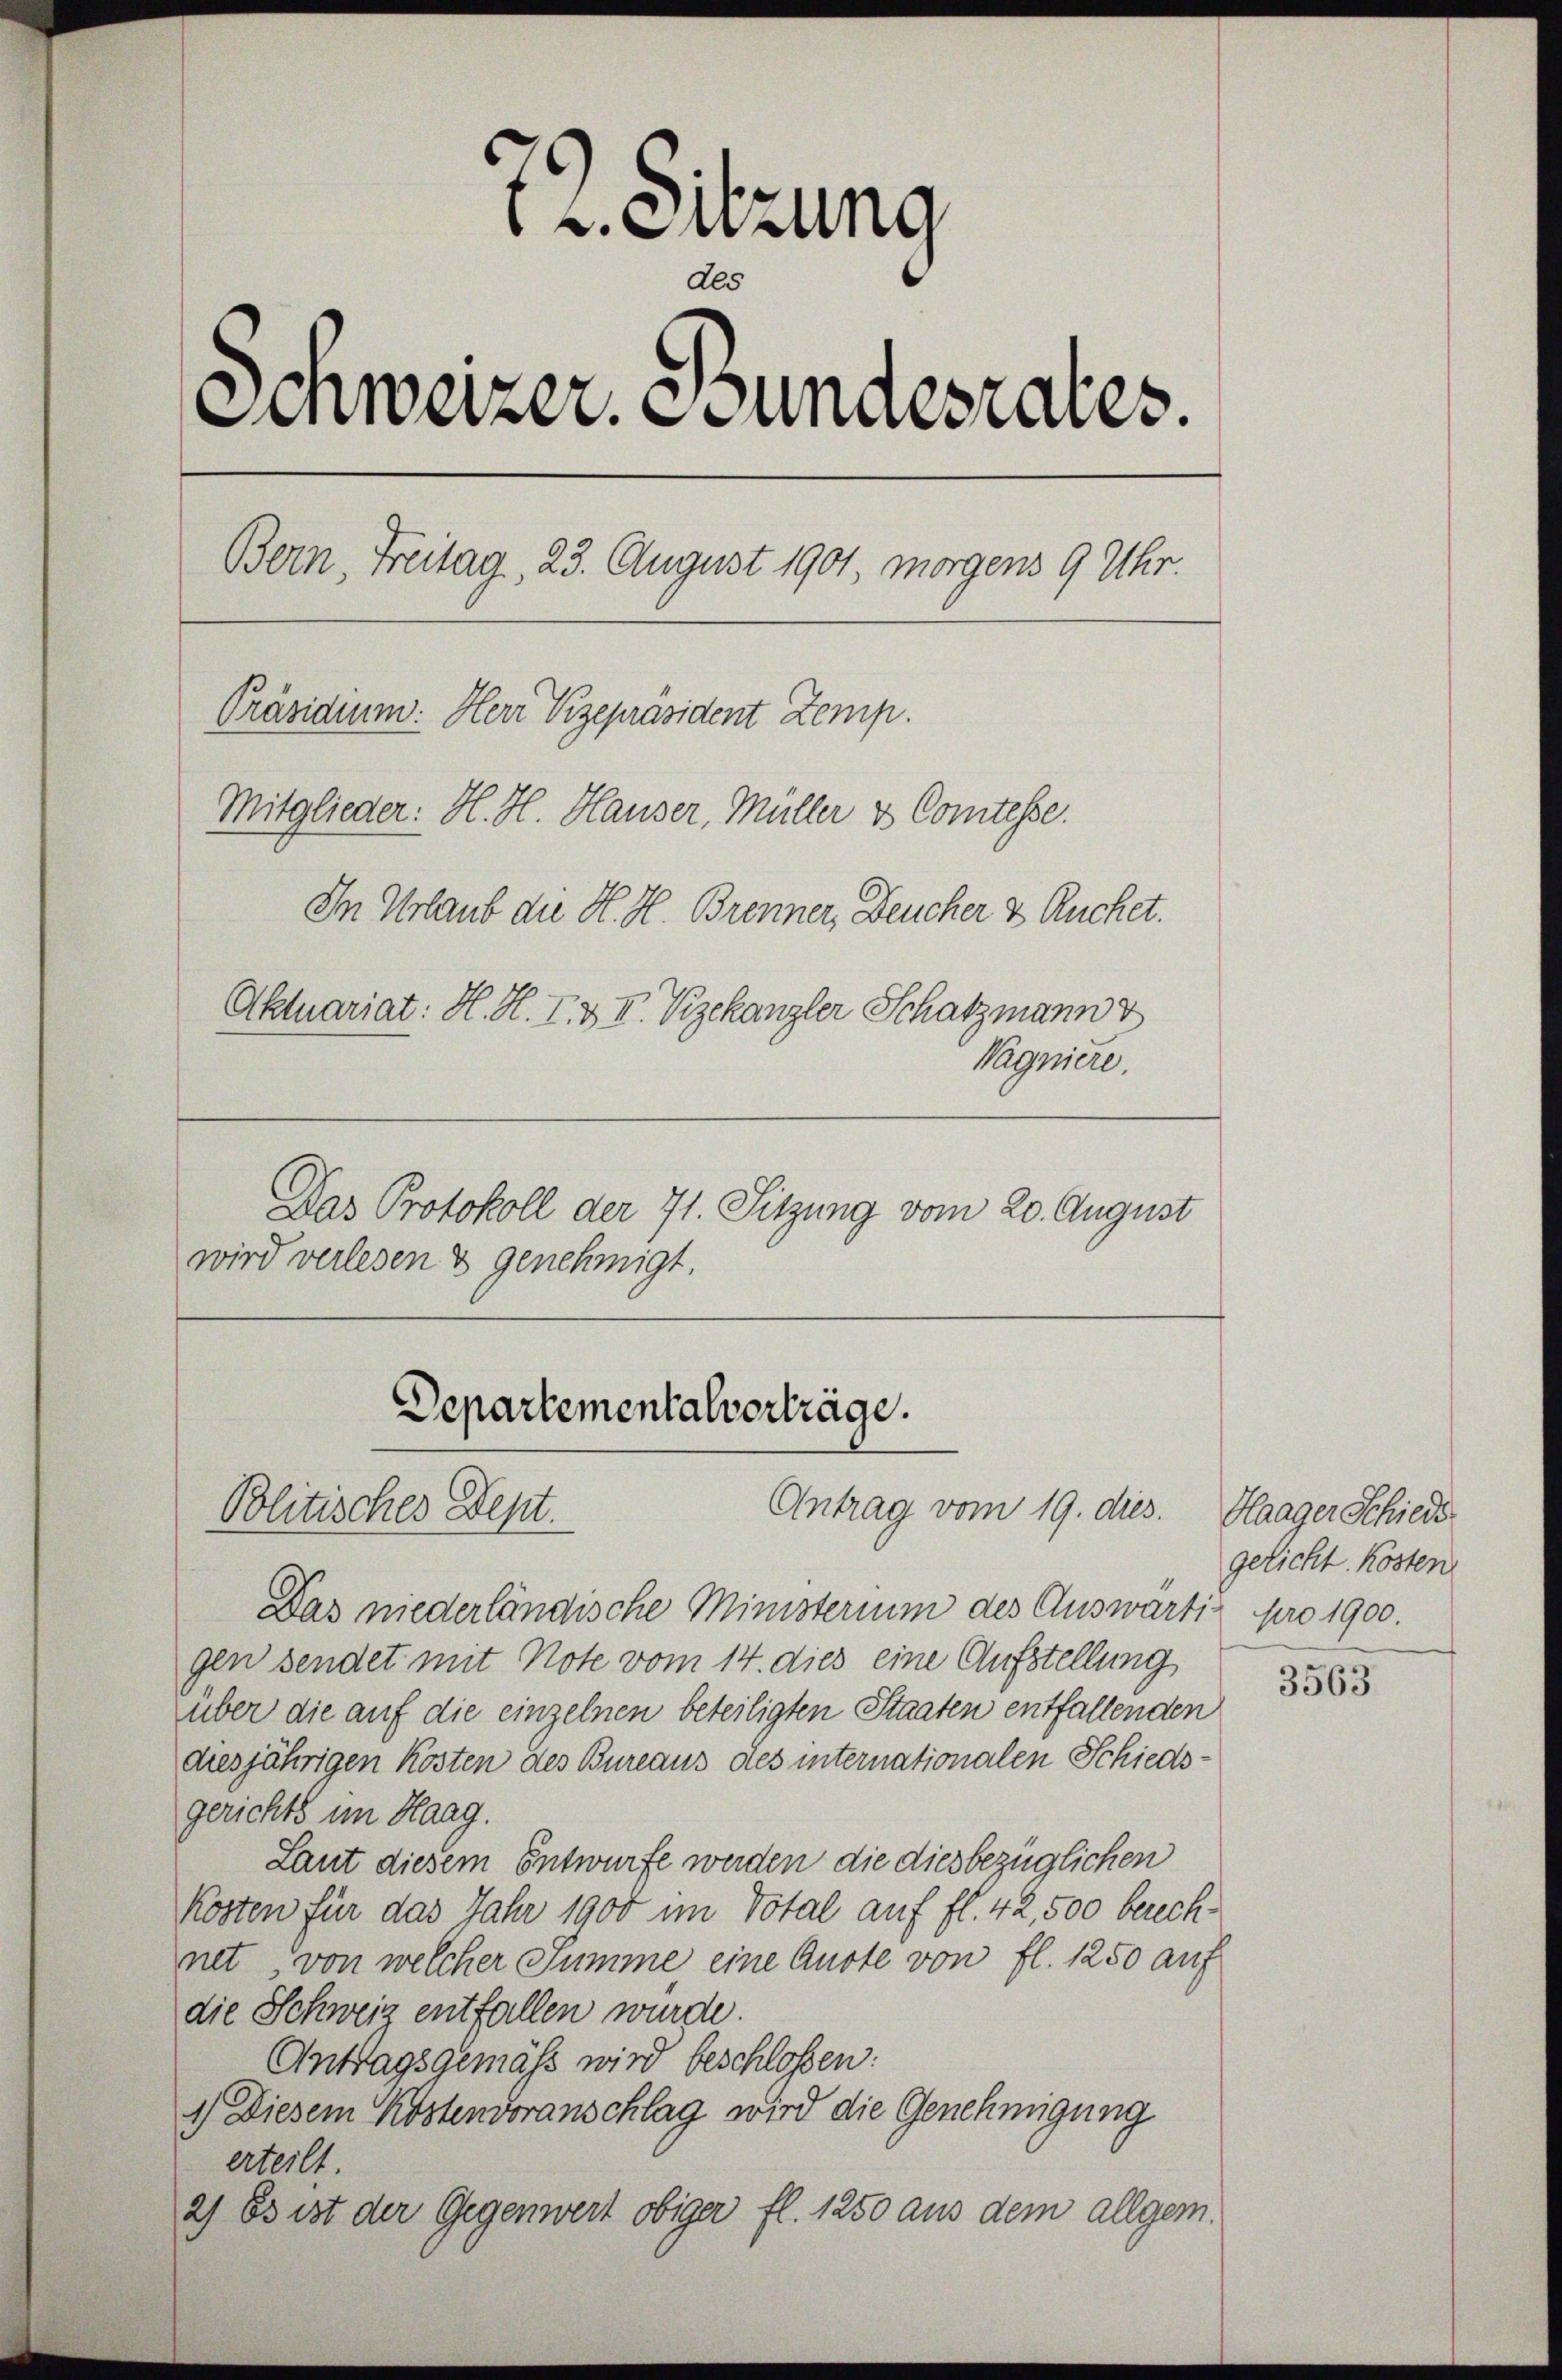
t 2. Sitzung
Als
Schweizer. Bundesrates.
Bern, Freitag, 23. August 1901, morgens 9 Uhr.
Präsidium. Herr Vizepräsident Zemp.
Mitglieder: H. H. Hauser, Müller & Comtesse.
In Urlaub die H. H. Brenner, Deucher & Ruchet.
Aktuariat: H. H. I. & II. Vizekanzler Schatzmann v
Wagniere.

Das Protokoll der 71. Sitzung vom 20. August
wird verlesen & genehmigt.

Departementalverträge.
Antrag vom 19. dies
Politisches Dept.

Das niederländische Ministerium des Auswärtig pro 1900.
gen sendet mit Note vom 14. dies eine Aufstellung
über die auf die einzelnen beteiligten Staaten entfallenden
diesjährigen Kosten des Bureaus des internationalen Schiedsgerichts im Haag.
Laut diesem Entwurfe werden die diesbezüglichen
Kosten für das Jahr 1900 im Total auf fl. 42, 500 berechnet, von welcher Summe eine Auste von fl. 1250 auf
die Schweiz entfallen wurde.
Antragsgemäß wird beschlossen:
1.) Diesem Kostenvoranschlag wird die Genehmigung
erteilt.
2) Es ist der Gegenwert obiger fl. 1250 aus dem allgem.

Haager Schiede
gelicht. Kosten

3563